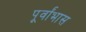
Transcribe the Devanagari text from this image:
पूर्वांभास